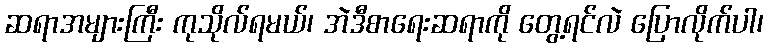
ဆရာအများကြီး ကုသိုလ်ရမယ်၊ အဲဒီစာရေးဆရာကို တွေ့ရင်လဲ ပြောလိုက်ပါ၊